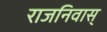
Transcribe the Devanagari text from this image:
राजनिवास्